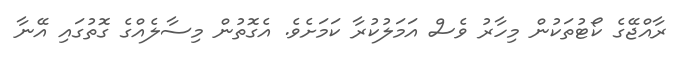
ރާއްޖޭގެ ކޯޓުތަކުން މިހާރު ވެސް އަމަލުކުރާ ކަމަށެވެ. އެގޮތުން މިސާލެއްގެ ގޮތުގައި އޭނާ